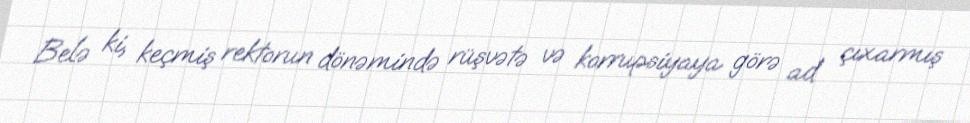
Belə ki, keçmiş rektorun dönəmində rüşvətə və korrupsiyaya görə ad çıxarmış